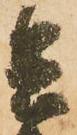
兵